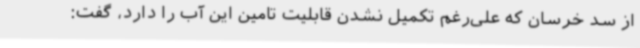
از سد خرسان که علی‌رغم تکمیل نشدن قابلیت تامین این آب را دارد، گفت: